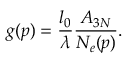
g ( p ) = \frac { l _ { 0 } } { \lambda } \frac { A _ { 3 N } } { N _ { e } ( p ) } .